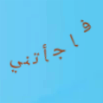
فاجأتني